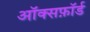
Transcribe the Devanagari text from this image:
ऑक्सफ़ॉर्ड